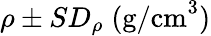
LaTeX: \rho\pm SD_{\rho}\; \textrm{(g/cm}^{3})